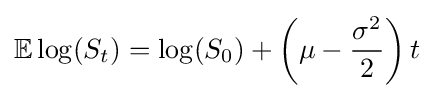
\mathbb {E} \log(S_{t})=\log(S_{0})+\left(\mu -{\frac {\sigma ^{2}}{2}}\right)t